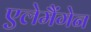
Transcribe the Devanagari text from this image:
एलेमैंगेन